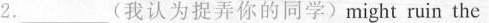
2._________(我认为捉弄你的同学)might ruin the